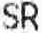
SR